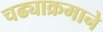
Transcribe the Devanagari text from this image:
चढ्याक्रमाने